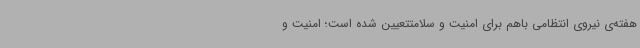
هفته‌ی نیروی انتظامی باهم برای امنیت و سلامتتعیین شده است؛ امنیت و